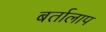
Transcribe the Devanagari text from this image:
बर्तालाप